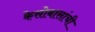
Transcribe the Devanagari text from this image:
केसोबासांची